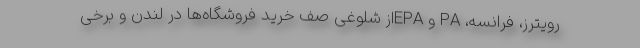
رویترز، فرانسه، PA و EPAاز شلوغی صف خرید فروشگاه‌ها در لندن و برخی